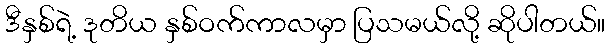
ဒီနှစ်ရဲ့ ဒုတိယ နှစ်ဝက်ကာလမှာ ပြသမယ်လို့ ဆိုပါတယ်။